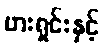
ဗားရှင်းနှင့်